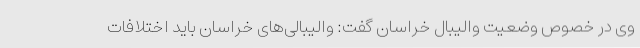
وی در خصوص وضعیت والیبال خراسان گفت: والیبالی‌های خراسان باید اختلافات